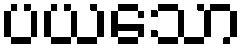
ပယသော